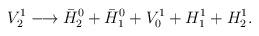
LaTeX: \begin{align*}V^1_2 \longrightarrow \bar{H}^0_2 +\bar{H}^0_1+V^1_0+ H^1_1+H^1_2.\end{align*}